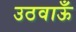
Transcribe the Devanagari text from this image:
उठवाऊँ